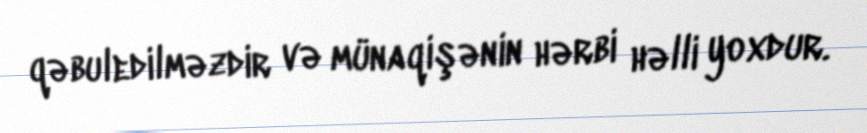
qəbuledilməzdir və münaqişənin hərbi həlli yoxdur.